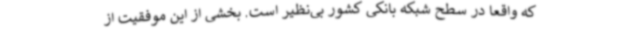
که واقعاً در سطح شبکه بانکی کشور بی‌نظیر است. بخشی از این موفقیت از